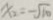
x _ { 2 } = - \sqrt { 1 0 }